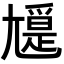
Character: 𡰖